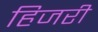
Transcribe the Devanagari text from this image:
हिजरी